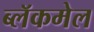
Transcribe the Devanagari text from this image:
ब्लॅकमेल